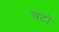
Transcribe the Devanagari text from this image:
अटो